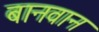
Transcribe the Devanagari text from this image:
बानवान